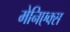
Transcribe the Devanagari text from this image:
मेनिएक्स